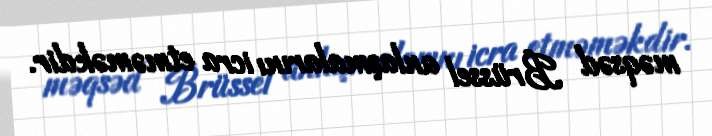
məqsəd Brüssel anlaşmalarını icra etməməkdir.